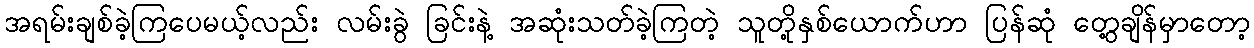
အရမ်းချစ်ခဲ့ကြပေမယ့်လည်း လမ်းခွဲ ခြင်းနဲ့ အဆုံးသတ်ခဲ့ကြတဲ့ သူတို့နှစ်ယောက်ဟာ ပြန်ဆုံ တွေ့ချိန်မှာတော့